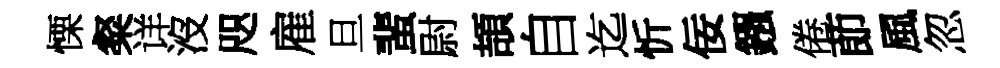
慄粲详沒咫雇旦蜚尉頡自迄忻佞鏹倦莭風忽